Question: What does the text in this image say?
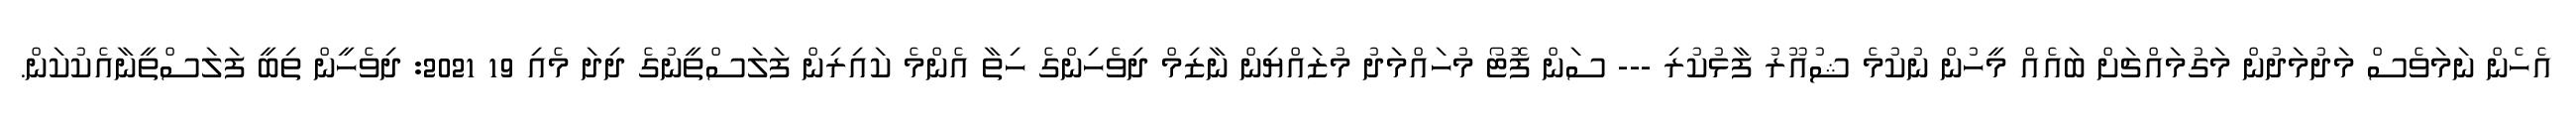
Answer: އެހެން ނަމަވެސް މަދުމަދުން މަގުމައްޗަށް ބައެއް މީހުން ނުކުމެ ޝުއޫރު ފާޅުކުރި --- ސަން ފޮޓޯ މުހައްމަދު މުޒައްޔިން ނާޒިމް ދިވެހިންގެ ހިތާ އެންމެ ކައިރިން ފަލަސްތީނުގެ ދިދަ މެއި 19 2021: ދިވެހީން ތިބީ ފަލަސްތީނާއެކުކަން.